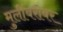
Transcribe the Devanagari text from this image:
मुलींबरोबर